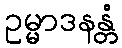
ဥမ္မာဒနန္တံ